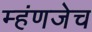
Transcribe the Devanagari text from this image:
म्हंणजेच